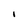
Character: l